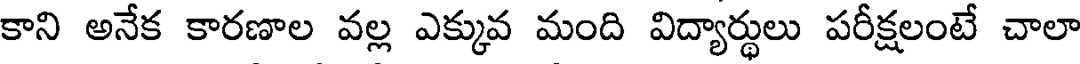
కాని అనేక కారణాల వల్ల ఎక్కువ మంది విద్యార్థులు పరీక్షలంటే చాలా